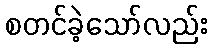
စတင်ခဲ့သော်လည်း